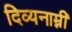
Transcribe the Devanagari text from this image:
दिव्यनाम्नी